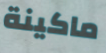
ماكينة